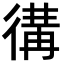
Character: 𢔵